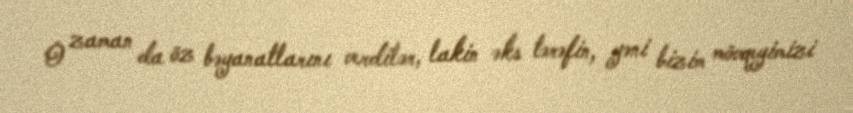
O zaman da öz bəyanatlarını verdilər, lakin əks tərəfin, yəni bizim mövqeyimizi